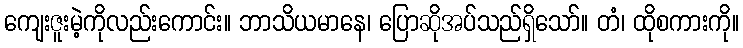
ကျေးဇူးမဲ့ကိုလည်းကောင်း။ ဘာသိယမာနေ၊ ပြောဆိုအပ်သည်ရှိသော်။ တံ၊ ထိုစကားကို။